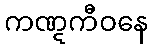
ကဏ္ဋကီဝနေ